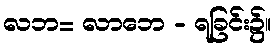
လဘ= လာဘေ - ရခြင်း၌။